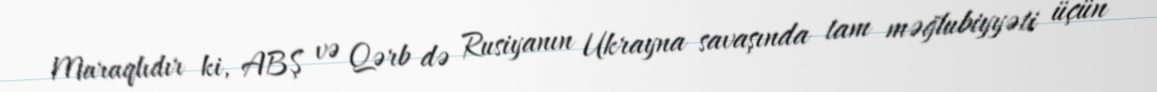
Maraqlıdır ki, ABŞ və Qərb də Rusiyanın Ukrayna savaşında tam məğlubiyyəti üçün